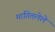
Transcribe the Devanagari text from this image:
मागितलेले